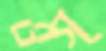
ওগ্‌